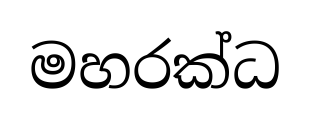
මහරක්ධ